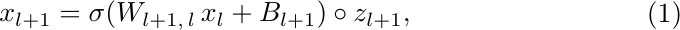
\begin{align}
\begin{split}
x_{l+1} = \sigma(W_{l+1, \, l} \, x_{l}  + B_{l+1}) \circ z_{l+1},\\
\end{split}
\label{eq:DO}
\end{align}